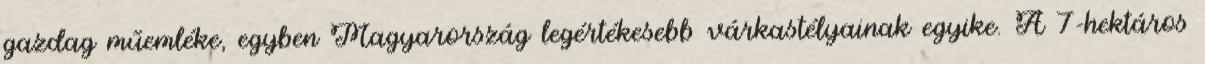
gazdag műemléke, egyben Magyarország legértékesebb várkastélyainak egyike. A 7-hektáros